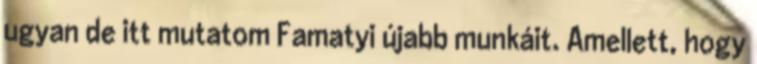
ugyan de itt mutatom Famatyi újabb munkáit. Amellett, hogy